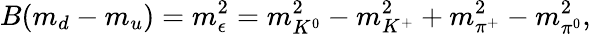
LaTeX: B(m_{d}-m_{u})=m_{\epsilon}^{2}=m_{K^{0}}^{2}-m_{K^{+}}^{2}+m_{\pi^{+}}^{2}-m_{\pi^{0}}^{2},